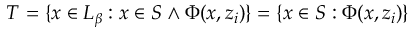
T = \{ x \in L _ { \beta } : x \in S \wedge \Phi ( x , z _ { i } ) \} = \{ x \in S : \Phi ( x , z _ { i } ) \}